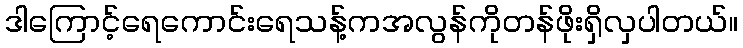
ဒါကြောင့်ရေကောင်းရေသန့်ကအလွန်ကိုတန်ဖိုးရှိလှပါတယ်။